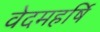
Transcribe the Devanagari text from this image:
वेदमहर्षि